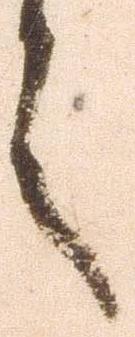
言